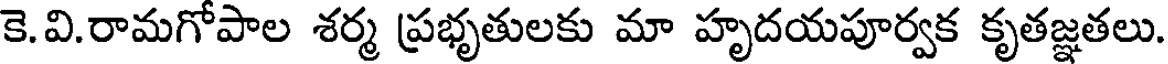
కె.వి.రామగోపాల శర్మ ప్రభృతులకు మా హృదయపూర్వక కృతజ్ఞతలు.